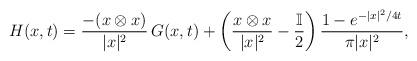
LaTeX: \begin{align*}H(x,t)=\frac{-(x\otimes x)}{|x|^2}\,G(x,t)+\left(\frac{x\otimes x}{|x|^2}-\frac{\mathbb I}{2}\right)\frac{1-e^{-|x|^2/4t}}{\pi|x|^2},\end{align*}